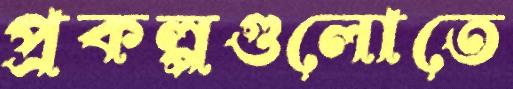
প্রকল্পগুলোতে